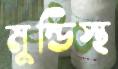
মুন্ডিস্থ